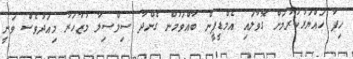
ހިފާ ހައްޔަރުކުރުމަށް ގޮވާލައި އެމްޑީޕީން ބާއްވަމުން ގެންދާ ސިލްސިލާ މުޒާހަރާ މިއަދުވެސް ވަނީ